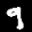
Label: 9